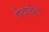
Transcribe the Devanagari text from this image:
पैदाईशी